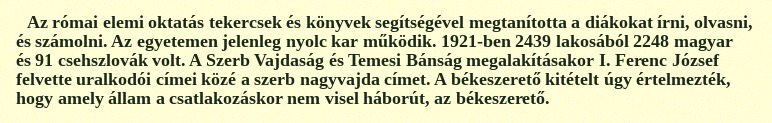
Az római elemi oktatás tekercsek és könyvek segítségével megtanította a diákokat írni, olvasni, és számolni. Az egyetemen jelenleg nyolc kar működik. 1921-ben 2439 lakosából 2248 magyar és 91 csehszlovák volt. A Szerb Vajdaság és Temesi Bánság megalakításakor I. Ferenc József felvette uralkodói címei közé a szerb nagyvajda címet. A békeszerető kitételt úgy értelmezték, hogy amely állam a csatlakozáskor nem visel háborút, az békeszerető.